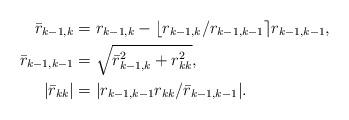
LaTeX: \begin{align*}\bar{r}_{k-1,k}&=r_{k-1,k}- \lfloor r_{k-1,k}/r_{k-1,k-1} \rceil r_{k-1,k-1}, \\\bar{r}_{k-1,k-1}&=\sqrt{\bar{r}^2_{k-1,k}+r_{kk}^2},\\|\bar{r}_{kk}|&= |r_{k-1,k-1}r_{kk}/\bar{r}_{k-1,k-1}|.\end{align*}